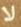
لا